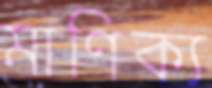
মাণিক্য